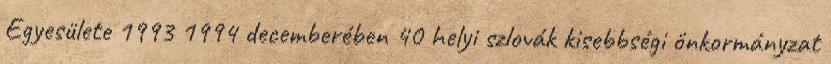
Egyesülete 1993 1994 decemberében 40 helyi szlovák kisebbségi önkormányzat